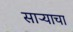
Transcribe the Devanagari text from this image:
साऱ्याचा